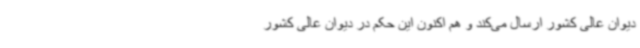
دیوان عالی کشور ارسال می‌کند و هم اکنون این حکم در دیوان عالی کشور